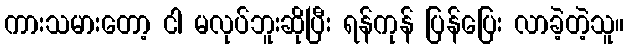
ကားသမားတော့ ငါ မလုပ်ဘူးဆိုပြီး ရန်ကုန် ပြန်ပြေး လာခဲ့တဲ့သူ။